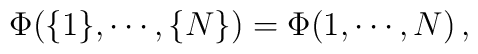
\Phi (\{1\}, \cdots, \{N\}) =  \Phi (1, \cdots, N)\,,